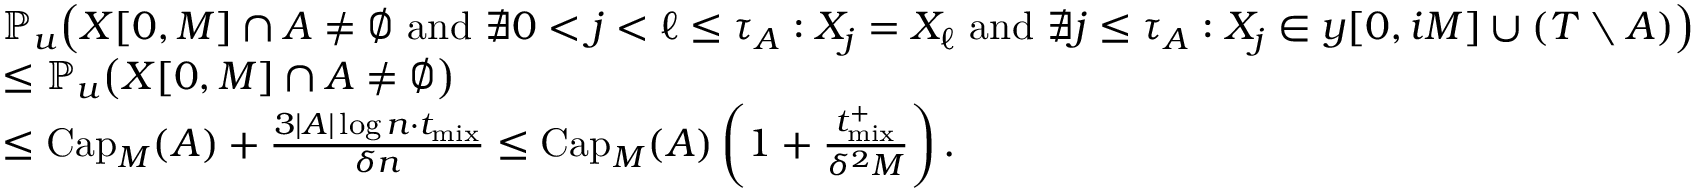
\begin{array} { r l } & { \mathbb { P } _ { u } \! \left( X [ 0 , M ] \cap A \neq \emptyset \ \mathrm { a n d } \ \not \exists 0 < j < \ell \leq \tau _ { A } : X _ { j } = X _ { \ell } \ \mathrm { a n d } \ \not \exists j \leq \tau _ { A } : X _ { j } \in y [ 0 , i M ] \cup ( T \setminus A ) \right) } \\ & { \leq \mathbb { P } _ { u } \! \left( X [ 0 , M ] \cap A \neq \emptyset \right) } \\ & { \leq \mathrm { C a p } _ { M } ( A ) + \frac { 3 | A | \log n \cdot t _ { \mathrm { m i x } } } { \delta n } \leq \mathrm { C a p } _ { M } ( A ) \left( 1 + \frac { { t _ { \mathrm { m i x } } ^ { + } } } { \delta ^ { 2 } M } \right) . } \end{array}